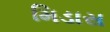
મિડાસ